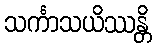
သင်္ကာသယိဿန္တိ